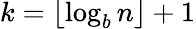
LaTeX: k=\lfloor\log_{b}{n}\rfloor+1